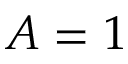
A = 1